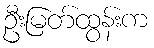
ဦးမြတ်ထွန်းက